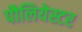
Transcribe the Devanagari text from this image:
पौलियेस्टर